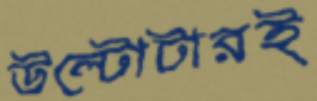
উল্টোটারই